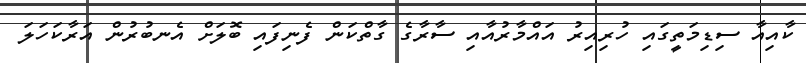
ކާއިއާ ސިޑިމަތީގައި ހުރިއިރު އައްމާރުއާއި ސާރާގެ ގާތްކަން ފެނިފައި ބޮލަށް އެނބުރުން އަރާކަހަލަ